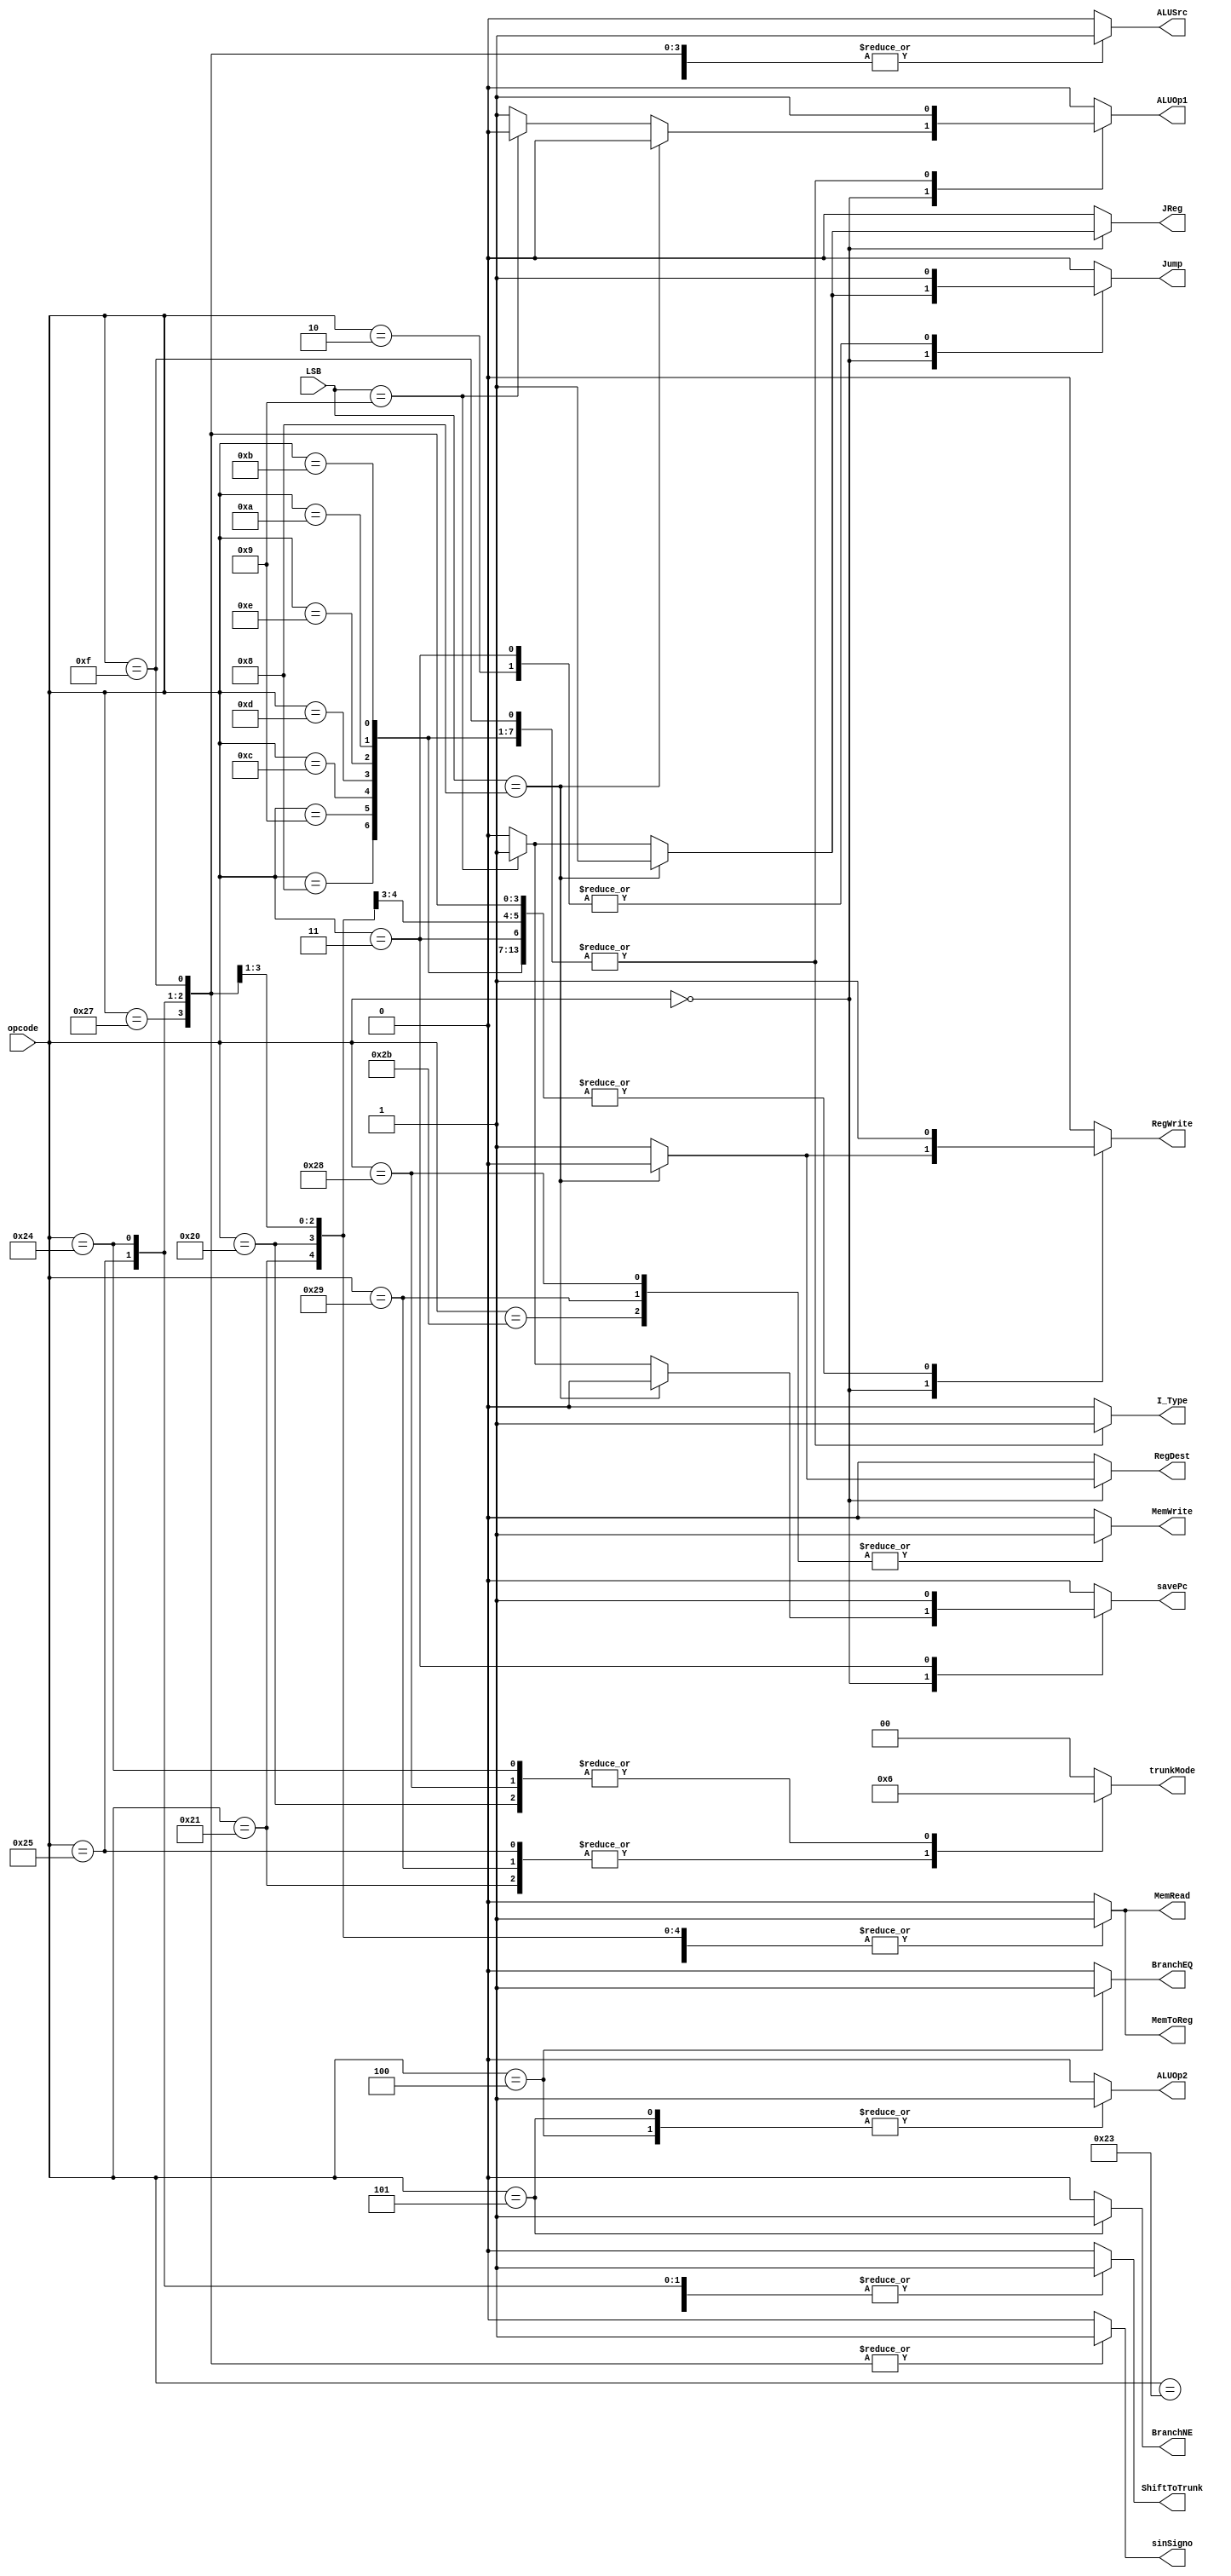
`timescale 1ns / 1ps
//////////////////////////////////////////////////////////////////////////////////
// Company: 
// Engineer: 
// 
// Design Name: 
// Module Name:    control 
// Project Name: 
// Target Devices: 
// Tool versions: 
// Description: 
//
// Dependencies: 
//
// Revision: 
// Revision 0.01 - File Created
// Additional Comments: 
//
//////////////////////////////////////////////////////////////////////////////////
module Control(
    input [5:0] opcode,		//Codigo de operacion de la instruccion
    input [5:0] LSB,			//LSB de la instruccion (para elegir entre Junps y R-Type)
	 output reg RegDest,		//Indica si el numero de un registro a escribir es instruction_EX[15:11](1) o instruction_EX[20:16](0)
	 output reg BranchEQ,	//Indica la presencia de un Branch Equal
	 output reg BranchNE,	//Indica la presencia de un Branch NOT Equal
	 output reg MemRead,		//Read enable de la Memoria RAM (Indica que hay un Load)
	 output reg MemToReg,	//Indica si se graba AluResult(0) o un dato de la memoria(1) en un Registro
	 output reg ALUOp1,		//Indica Que orden ALUControl le da a la ALU
	 output reg ALUOp2,		//Indica Que orden ALUControl le da a la ALU
	 output reg MemWrite,	//Write enable de la Memoria RAM (Indica que hay un Store)
	 output reg ALUSrc,		//Indica si a la ALU le entra el valor de un registro (0) o un Inmediato (1)
	 output reg RegWrite,	//Write Enable del banco de registros (indica que se va a escribir un registro)
	 output reg Jump,			//Indica la presencia de un Jump
	 output reg [1:0] trunkMode,	//Indica si se trunca a Byte, Half o Word
	 output reg ShiftToTrunk,		//Indica que hay que hacerle un shift al registro base cuando se necesita un trunk
	 output reg sinSigno,	//Indica que SignExtender tiene que ir sin signo (LWU, LHU o LBU)
	 output reg JReg,			//Indica un Jump con uso de Registros
	 output reg savePc,
	 output reg I_Type
	 );


always @(*)
	begin
		case (opcode)	//Special
			6'b000000: 	//R-type (ALU)
				if(LSB==6'b001000)//JR
				begin
					savePc=0;
					RegDest=0;
					BranchEQ=0;
					BranchNE=0;
					MemRead=0;
					MemToReg=0;
					ALUOp1=0;
					ALUOp2=0;
					MemWrite=0;
					ALUSrc=0;
					RegWrite=0;
					Jump=1;
					trunkMode=0;
					ShiftToTrunk=0;
					sinSigno=0;
					JReg=1;
					I_Type=0;
				end
				else if(LSB==6'b001001)//JALR (es lo mismo que JAL pero JReg=1 y RegDest=1)
				begin
					savePc=1;
					RegDest=1;
					BranchEQ=0;
					BranchNE=0;
					MemRead=0;
					MemToReg=0;
					ALUOp1=0;
					ALUOp2=0;
					MemWrite=0;
					ALUSrc=0;
					RegWrite=1;
					Jump=1;
					trunkMode=0;
					ShiftToTrunk=0;
					sinSigno=0;
					JReg=1;
					I_Type=0;
				end
				else begin //R-Type
					savePc=0;
					RegDest=1;
					BranchEQ=0;
					BranchNE=0;
					MemRead=0;
					MemToReg=0;
					ALUOp1=1;
					ALUOp2=0;
					MemWrite=0;
					ALUSrc=0;
					RegWrite=1;
					Jump=0;
					trunkMode=0;
					ShiftToTrunk=0;
					sinSigno=0;
					JReg=0;
					I_Type=0;
				end
			//****Instrucciones Load y Store****//
			6'b100011: //LW (Load Word)
				begin
					savePc=0;
					RegDest=0;
					BranchEQ=0;
					BranchNE=0;
					MemRead=1;
					MemToReg=1;
					ALUOp1=0;
					ALUOp2=0;
					MemWrite=0;
					ALUSrc=1;
					RegWrite=1;
					Jump=0;
					trunkMode=0;
					ShiftToTrunk=0;
					sinSigno=0;
					JReg=0;
					I_Type=0;
				end
			6'b100001: //LH (Load Half)
				begin
					savePc=0;
					RegDest=0;
					BranchEQ=0;
					BranchNE=0;
					MemRead=1;
					MemToReg=1;
					ALUOp1=0;
					ALUOp2=0;
					MemWrite=0;
					ALUSrc=1;
					RegWrite=1;
					Jump=0;
					trunkMode=2'b01;
					ShiftToTrunk=1;
					sinSigno=0;
					JReg=0;
					I_Type=0;
				end
			6'b100000: //LB (Load Byte)
				begin
					savePc=0;
					RegDest=0;
					BranchEQ=0;
					BranchNE=0;
					MemRead=1;
					MemToReg=1;
					ALUOp1=0;
					ALUOp2=0;
					MemWrite=0;
					ALUSrc=1;
					RegWrite=1;
					Jump=0;
					trunkMode=2'b10;
					ShiftToTrunk=1;
					sinSigno=0;
					JReg=0;
					I_Type=0;
				end
			6'b101011:	//SW (Store Word)
				begin
					savePc=0;
					BranchEQ=0;
					BranchNE=0;
					MemRead=0;
					ALUOp1=0;
					ALUOp2=0;
					MemWrite=1;
					ALUSrc=1;
					RegWrite=0;
					Jump=0;
					RegDest=0;
					MemToReg=0;
					trunkMode=0;
					ShiftToTrunk=0;
					sinSigno=0;
					JReg=0;
					I_Type=0;
				end
			6'b101001:	//SH (Store Half)
				begin
					savePc=0;
					BranchEQ=0;
					BranchNE=0;
					MemRead=0;
					ALUOp1=0;
					ALUOp2=0;
					MemWrite=1;
					ALUSrc=1;
					RegWrite=0;
					Jump=0;
					RegDest=0;
					MemToReg=0;
					trunkMode=2'b01;
					ShiftToTrunk=1;
					sinSigno=0;
					JReg=0;
					I_Type=0;
				end
			6'b101000:	//SB (Store Byte)
				begin
					savePc=0;
					BranchEQ=0;
					BranchNE=0;
					MemRead=0;
					ALUOp1=0;
					ALUOp2=0;
					MemWrite=1;
					ALUSrc=1;
					RegWrite=0;
					Jump=0;
					RegDest=0;
					MemToReg=0;
					trunkMode=2'b10;
					ShiftToTrunk=1;
					sinSigno=0;
					JReg=0;
					I_Type=0;
				end
			6'b100111: //LWU (Load Word Unsigned)
				begin
					savePc=0;
					RegDest=0;
					BranchEQ=0;
					BranchNE=0;
					MemRead=1;
					MemToReg=1;
					ALUOp1=0;
					ALUOp2=0;
					MemWrite=0;
					ALUSrc=1;
					RegWrite=1;
					Jump=0;
					trunkMode=0;
					ShiftToTrunk=0;
					sinSigno=1;
					JReg=0;
					I_Type=0;
				end
			6'b100101: //LHU (Load Half Unsigned)
				begin
					savePc=0;
					RegDest=0;
					BranchEQ=0;
					BranchNE=0;
					MemRead=1;
					MemToReg=1;
					ALUOp1=0;
					ALUOp2=0;
					MemWrite=0;
					ALUSrc=1;
					RegWrite=1;
					Jump=0;
					trunkMode=2'b01;
					ShiftToTrunk=1;
					sinSigno=1;
					JReg=0;
					I_Type=0;
				end
			6'b100100: //LBU (Load Byte Unsigned)
				begin
					savePc=0;
					RegDest=0;
					BranchEQ=0;
					BranchNE=0;
					MemRead=1;
					MemToReg=1;
					ALUOp1=0;
					ALUOp2=0;
					MemWrite=0;
					ALUSrc=1;
					RegWrite=1;
					Jump=0;
					trunkMode=2'b10;
					ShiftToTrunk=1;
					sinSigno=1;
					JReg=0;
					I_Type=0;
				end
			//****Instrucciones aritmeticas I-type****//
			6'b001000: 	//ADDI [OK]
				begin
					savePc=0;
					RegDest=0;	//ok
					BranchEQ=0;	//ok
					BranchNE=0;	//ok
					MemRead=0;	//ok
					MemToReg=0;	//ok
					ALUOp1=1;	//ok
					ALUOp2=0;	//ok
					MemWrite=0;	//ok
					ALUSrc=1;	//ok
					RegWrite=1;	//ok
					Jump=0;		//ok
					trunkMode=0;//ok
					ShiftToTrunk=0;
					sinSigno=0;
					JReg=0;
					I_Type=1;
				end
			6'b001001: 	//ADDIU
				begin
					savePc=0;
					RegDest=0;	//ok
					BranchEQ=0;	//ok
					BranchNE=0;	//ok
					MemRead=0;	//ok
					MemToReg=0;	//ok
					ALUOp1=1;	//ok
					ALUOp2=0;	//ok
					MemWrite=0;	//ok
					ALUSrc=1;	//ok
					RegWrite=1;	//ok
					Jump=0;		//ok
					trunkMode=0;//ok
					ShiftToTrunk=0;
					sinSigno=0;
					JReg=0;
					I_Type=1;
				end
			6'b001100: 	//ANDI
				begin
					savePc=0;
					RegDest=0;	//ok
					BranchEQ=0;	//ok
					BranchNE=0;	//ok
					MemRead=0;	//ok
					MemToReg=0;	//ok
					ALUOp1=1;	//ok
					ALUOp2=0;	//ok
					MemWrite=0;	//ok
					ALUSrc=1;	//ok
					RegWrite=1;	//ok
					Jump=0;		//ok
					trunkMode=0;//ok
					ShiftToTrunk=0;
					sinSigno=0;
					JReg=0;
					I_Type=1;
				end
			6'b001101: 	//ORI
				begin
					savePc=0;
					RegDest=0;	//ok
					BranchEQ=0;	//ok
					BranchNE=0;	//ok
					MemRead=0;	//ok
					MemToReg=0;	//ok
					ALUOp1=1;	//ok
					ALUOp2=0;	//ok
					MemWrite=0;	//ok
					ALUSrc=1;	//ok
					RegWrite=1;	//ok
					Jump=0;		//ok
					trunkMode=0;//ok
					ShiftToTrunk=0;
					sinSigno=0;
					JReg=0;
					I_Type=1;
				end
			6'b001110: 	//XORI
				begin
					savePc=0;
					RegDest=0;	//ok
					BranchEQ=0;	//ok
					BranchNE=0;	//ok
					MemRead=0;	//ok
					MemToReg=0;	//ok
					ALUOp1=1;	//ok
					ALUOp2=0;	//ok
					MemWrite=0;	//ok
					ALUSrc=1;	//ok
					RegWrite=1;	//ok
					Jump=0;		//ok
					trunkMode=0;//ok
					ShiftToTrunk=0;
					sinSigno=0;
					JReg=0;
					I_Type=1;
				end
			6'b001010: 	//SLTI
				begin
					savePc=0;
					RegDest=0;	//ok
					BranchEQ=0;	//ok
					BranchNE=0;	//ok
					MemRead=0;	//ok
					MemToReg=0;	//ok
					ALUOp1=1;	//ok
					ALUOp2=0;	//ok
					MemWrite=0;	//ok
					ALUSrc=1;	//ok
					RegWrite=1;	//ok
					Jump=0;		//ok
					trunkMode=0;//ok
					ShiftToTrunk=0;
					sinSigno=0;
					JReg=0;
					I_Type=1;
				end
			6'b001011: 	//SLTIU
				begin
					savePc=0;
					RegDest=0;	//ok
					BranchEQ=0;	//ok
					BranchNE=0;	//ok
					MemRead=0;	//ok
					MemToReg=0;	//ok
					ALUOp1=1;	//ok
					ALUOp2=0;	//ok
					MemWrite=0;	//ok
					ALUSrc=1;	//ok
					RegWrite=1;	//ok
					Jump=0;		//ok
					trunkMode=0;//ok
					ShiftToTrunk=0;
					sinSigno=0;
					JReg=0;
					I_Type=1;
				end
			6'b001111:	//LUI (Load Upper Immediate)
			begin
					savePc=0;
					RegDest=0;	//ok
					BranchEQ=0;	//ok
					BranchNE=0;	//ok
					MemRead=0;	//ok
					MemToReg=0;	//ok
					ALUOp1=1;	//ok
					ALUOp2=0;	//ok
					MemWrite=0;	//ok
					ALUSrc=1;	//ok
					RegWrite=1;	//ok
					Jump=0;		//ok
					trunkMode=0;//ok
					ShiftToTrunk=0;
					sinSigno=1;//Ver si esta bien o no
					JReg=0;
					I_Type=1;
				end
			//****Instrucciones de Branch y Salto****//
			6'b000100: //BEQ (Branch Equal)
				begin
					savePc=0;
					BranchEQ=1;
					BranchNE=0;
					MemRead=0;
					ALUOp1=0;
					ALUOp2=1;
					MemWrite=0;
					ALUSrc=0;
					RegWrite=0;
					Jump=0;
					RegDest=0;
					MemToReg=0;
					trunkMode=0;
					ShiftToTrunk=0;
					sinSigno=0;
					JReg=0;
					I_Type=0;
				end
			6'b000101: //BNE
				begin
					savePc=0;
					BranchEQ=0;
					BranchNE=1;
					MemRead=0;
					ALUOp1=0;
					ALUOp2=1;
					MemWrite=0;
					ALUSrc=0;
					RegWrite=0;
					Jump=0;
					RegDest=0;
					MemToReg=0;
					trunkMode=0;
					ShiftToTrunk=0;
					sinSigno=0;
					JReg=0;
					I_Type=0;
				end
			6'b000010://J (Jump) 
				begin
					savePc=0;
					RegDest=0;
					BranchEQ=0;
					BranchNE=0;
					MemRead=0;
					MemToReg=0;
					ALUOp1=0;
					ALUOp2=0;
					MemWrite=0;
					ALUSrc=0;
					RegWrite=0;
					Jump=1;
					trunkMode=0;
					ShiftToTrunk=0;
					sinSigno=0;
					JReg=0;
					I_Type=0;
				end
			6'b000011://JAL (Jump and Link)
				begin
					savePc=1;
					RegDest=0;
					BranchEQ=0;
					BranchNE=0;
					MemRead=0;
					MemToReg=0;
					ALUOp1=0;
					ALUOp2=0;
					MemWrite=0;
					ALUSrc=0;
					RegWrite=1;
					Jump=1;
					trunkMode=0;
					ShiftToTrunk=0;
					sinSigno=0;
					JReg=0;
					I_Type=0;
				end
			default: //(NOP)
				begin
					savePc=0;
					RegDest=0;
					BranchEQ=0;
					BranchNE=0;
					MemRead=0;
					MemToReg=0;
					ALUOp1=0;
					ALUOp2=0;
					MemWrite=0;
					ALUSrc=0;
					RegWrite=0;
					Jump=0;
					trunkMode=0;
					ShiftToTrunk=0;
					sinSigno=0;
					JReg=0;
					I_Type=0;
				end
		endcase
		
	end
endmodule